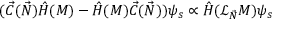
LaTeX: ( { \vec { C } } ( { \vec { N } } ) { \hat { H } } ( M ) - { \hat { H } } ( M ) { \vec { C } } ( { \vec { N } } ) ) \psi _ { s } \propto { \hat { H } } ( { \mathcal { L } } _ { \vec { N } } M ) \psi _ { s }